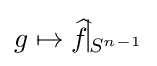
g\mapsto {\widehat {f}}\vline _{S^{n-1}}